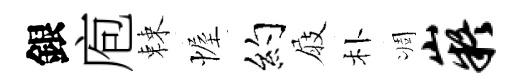
銀庖棘幄约屐朴凋嶷